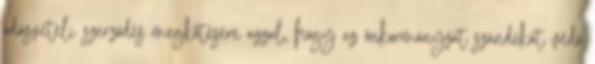
adásvételi szerződés megkötésére azzal, hogy az önkormányzat szándékát védő